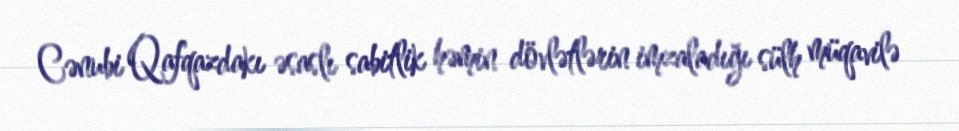
Cənubi Qafqazdakı əsaslı sabitlik həmin dövlətlərin imzaladığı sülh müqavilə